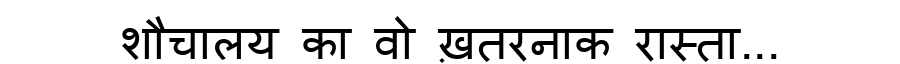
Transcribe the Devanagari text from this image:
शौचालय का वो ख़तरनाक रास्ता...